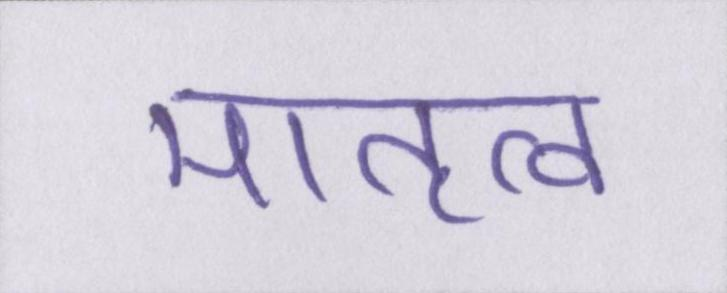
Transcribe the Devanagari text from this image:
मातृत्व